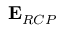
\mathbf { { E } } _ { R C P }